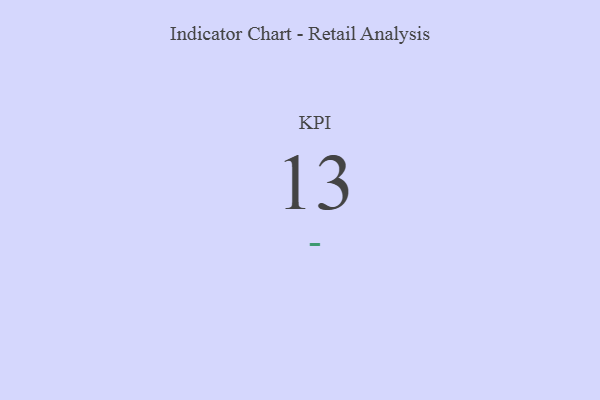
{"axis": {"x": "KPI", "y": "Value"}, "legend": [""], "data": [{"x": "KPI", "y": 13, "type": ""}]}